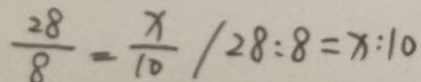
\frac { 2 8 } { 8 } = \frac { x } { 1 0 } / 2 8 : 8 = x : 1 0